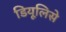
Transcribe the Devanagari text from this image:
डियूलिसे